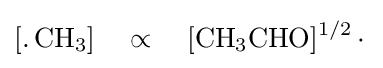
{\ce {[.CH3]\quad \propto \quad [CH3CHO]^{1/2}.}}